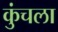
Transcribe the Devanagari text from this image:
कुंचला